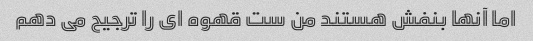
اما آنها بنفش هستند من ست قهوه ای را ترجیح می دهم